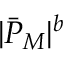
| \bar { P } _ { M } | ^ { b }